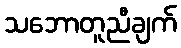
သဘောတူညီချက်